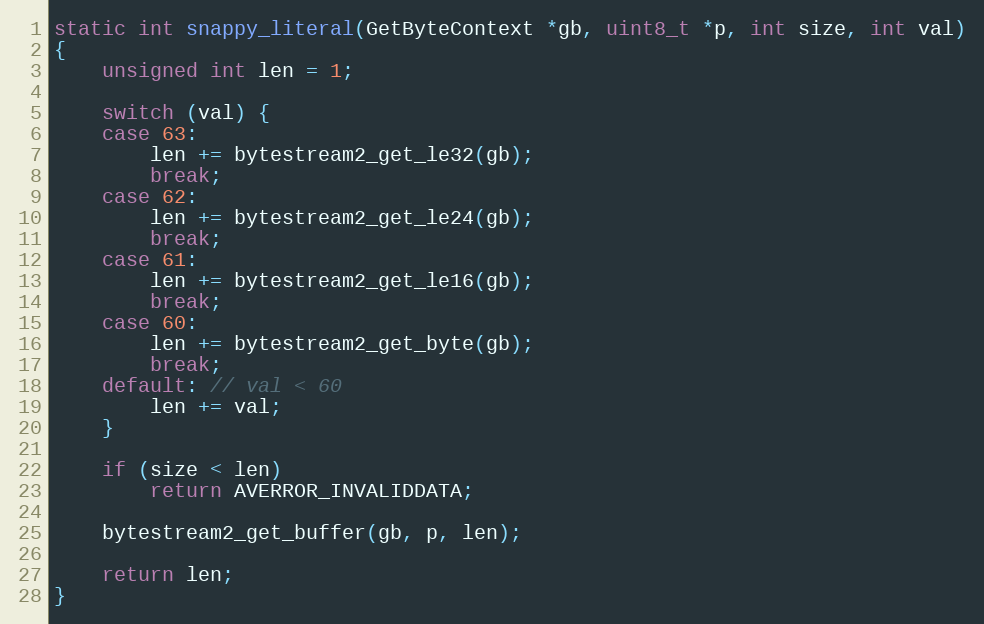
Language: C
static int snappy_literal(GetByteContext *gb, uint8_t *p, int size, int val)
{
    unsigned int len = 1;

    switch (val) {
    case 63:
        len += bytestream2_get_le32(gb);
        break;
    case 62:
        len += bytestream2_get_le24(gb);
        break;
    case 61:
        len += bytestream2_get_le16(gb);
        break;
    case 60:
        len += bytestream2_get_byte(gb);
        break;
    default: // val < 60
        len += val;
    }

    if (size < len)
        return AVERROR_INVALIDDATA;

    bytestream2_get_buffer(gb, p, len);

    return len;
}